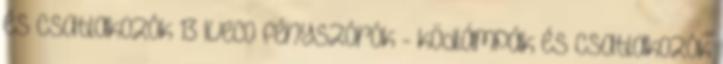
és csatlakozók 13 Iveco fényszórók - ködlámpák és csatlakozók